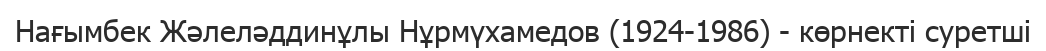
Нағымбек Жәлеләддинұлы Нұрмүхамедов (1924-1986) - көрнекті суретші